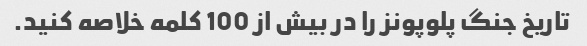
تاریخ جنگ پلوپونز را در بیش از 100 کلمه خلاصه کنید.